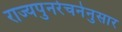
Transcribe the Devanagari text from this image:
राज्यपुनर्रचनेनुसार